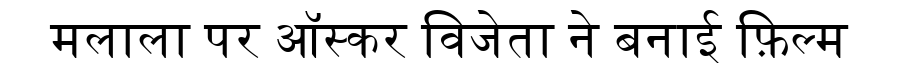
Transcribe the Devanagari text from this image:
मलाला पर ऑस्कर विजेता ने बनाई फ़िल्म